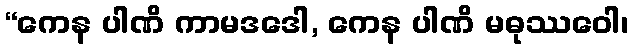
“ကေန ပါဏိ ကာမဒဒေါ, ကေန ပါဏိ မဓုဿဝေါ၊